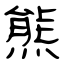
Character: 熊